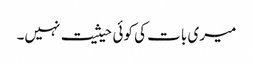
میری بات کی کوئی حیثیت نہیں۔